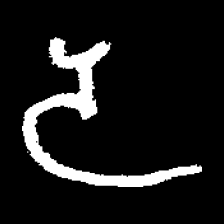
Pyu character \u2014 Myanmar letter: ဒ (romanized: da)